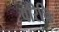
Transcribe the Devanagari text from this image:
वरिधि